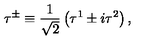
\tau ^ { \pm } \equiv { \frac { 1 } { \sqrt { 2 } } } \left( \tau ^ { 1 } \pm i \tau ^ { 2 } \right) ,